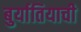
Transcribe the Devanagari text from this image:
बुर्यातियाची